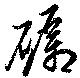
礪